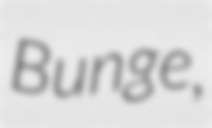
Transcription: Bunge,